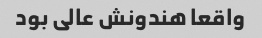
واقعا هندونش عالی بود